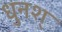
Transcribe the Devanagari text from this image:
धुनश्